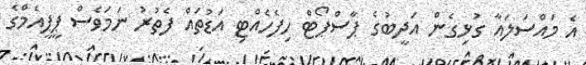
އެ މައްސަލައާ ގުޅިގެން އަދީބުގެ ޕާސްޕޯޓް ހިފެހެއްޓި އަޑުތައް ފެތުރު ނަމަވެސް ޕީޕީއެމްގެ